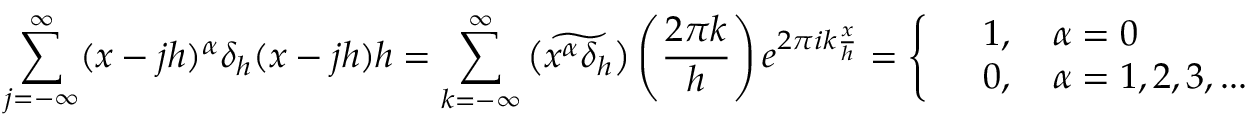
\sum _ { j = - \infty } ^ { \infty } ( x - j h ) ^ { \alpha } \delta _ { h } ( x - j h ) h = \sum _ { k = - \infty } ^ { \infty } \widetilde { \left( x ^ { \alpha } \delta _ { h } \right) } \left( \frac { 2 \pi k } { h } \right) e ^ { 2 \pi i k \frac { x } { h } } = \left\{ \begin{array} { r l } & { 1 , \quad \alpha = 0 } \\ & { 0 , \quad \alpha = 1 , 2 , 3 , . . . } \end{array} \right.